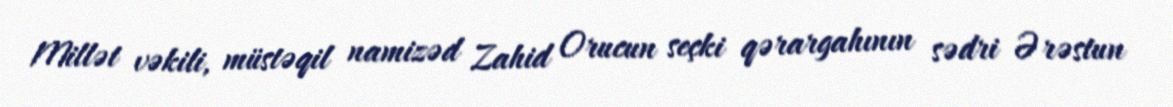
Millət vəkili, müstəqil namizəd Zahid Orucun seçki qərargahının sədri Ərəstun